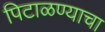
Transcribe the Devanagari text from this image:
पिटाळण्याचा